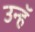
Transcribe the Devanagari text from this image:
उन्हॅ